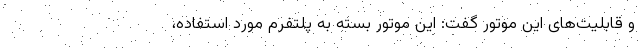
و قابلیت‌های این موتور گفت: این موتور بسته به پلتفرم مورد استفاده،